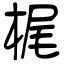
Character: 梶